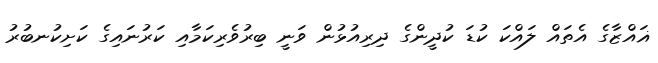
ޣައްޒާގެ އެތައް ލައްކަ ކުޑަ ކުދީންގެ ދިރިއުޅުން ވަނީ ބިރުވެރިކަމާއި ކަރުނައިގެ ކަށިކުނބުރު